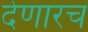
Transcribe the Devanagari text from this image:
देणारच